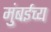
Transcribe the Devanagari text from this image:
मुंबईच्य